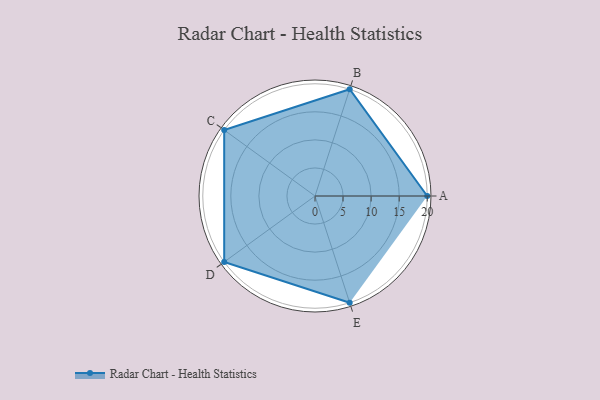
{"axis": {"x": "Skill", "y": "Score"}, "legend": ["Profile"], "data": [{"x": "A", "y": 20.0, "type": "Profile"}, {"x": "B", "y": 20, "type": "Profile"}, {"x": "C", "y": 20, "type": "Profile"}, {"x": "D", "y": 20, "type": "Profile"}, {"x": "E", "y": 20, "type": "Profile"}]}